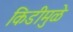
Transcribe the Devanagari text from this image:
किडीमुळे